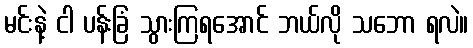
မင်းနဲ့ ငါ ပန်းခြံ သွားကြရအောင် ဘယ်လို သဘော ရလဲ။